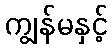
ကျွန်မနှင့်